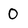
Character: 0